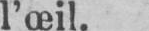
l’œil.